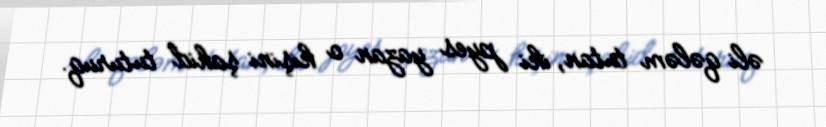
əli qələm tutan, iki pyes yazan o kişini şahid tuturuq.